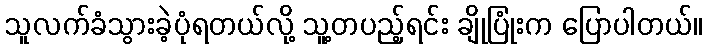
သူလက်ခံသွားခဲ့ပုံရတယ်လို့ သူ့တပည့်ရင်း ချိုပြုံးက ပြောပါတယ်။